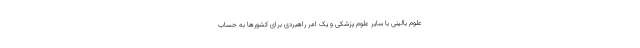
علوم بالینی با سایر علوم پزشکی و یک امر راهبردی برای کشورها به حساب